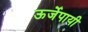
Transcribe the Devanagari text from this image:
ऊर्जेपायी